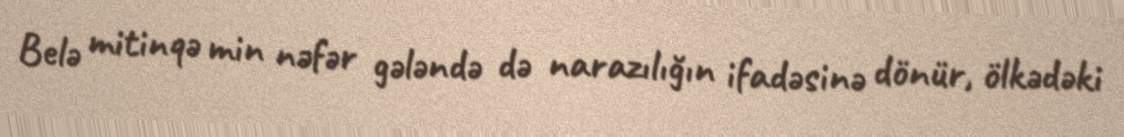
Belə mitinqə min nəfər gələndə də narazılığın ifadəsinə dönür, ölkədəki